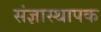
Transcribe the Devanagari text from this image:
संज्ञास्थापक